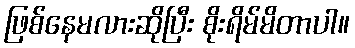
ဖြစ်နေမလားဆိုပြီး စိုးရိမ်မိတာပါ။